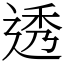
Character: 透